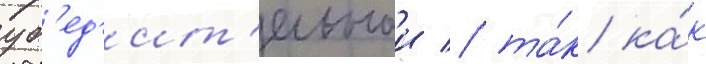
уб'ед'ит'ельнои / та́к ка́к